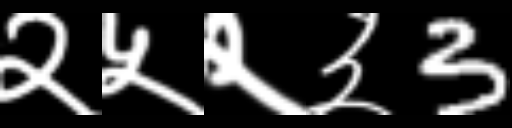
Text: २५२३3